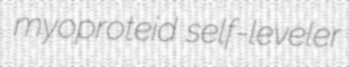
myoproteid self-leveler